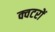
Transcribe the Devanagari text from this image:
क्वटरों